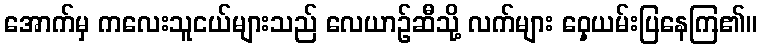
အောက်မှ ကလေးသူငယ်များသည် လေယာဉ်ဆီသို့ လက်များ ဝှေ့ယမ်းပြနေကြ၏။